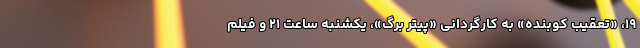
۱۹، «تعقیب کوبنده» به کارگردانی «پیتر برگ»، یکشنبه ساعت ۲۱ و فیلم